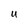
Character: U